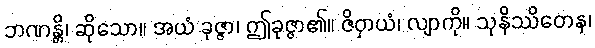
ဘဏန္တိ၊ ဆိုသော။ အယံ ခုဇ္ဇာ၊ ဤခုဇ္ဇာ၏။ ဇိဝှာယံ၊ လျာကို။ သုနိဿိတေန၊